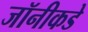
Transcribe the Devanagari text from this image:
जॉनीकडे